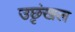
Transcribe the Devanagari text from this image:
उछृंखल